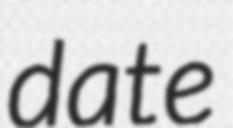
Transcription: date